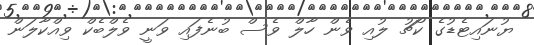
ޔުނައިޓެޑުގެ ކޯޗު ލުއި ވެން ހާލް ވެސް ބުނެފައި ވަނީ ވެލްބެކް ވިއްކާލަން